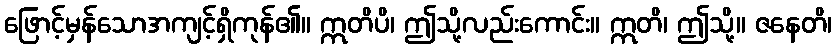
ဖြောင့်မှန်သောအကျင့်ရှိကုန်၏။ ဣတိပိ၊ ဤသို့လည်းကောင်း။ ဣတိ၊ ဤသို့။ ဇနေတိ၊